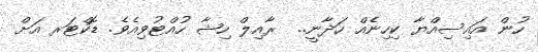
ހުން އައިސިއްޔާ ކިހިނެއް ހަދާނީ..  ރާއިލް ހިޝާ ހުއްޓުވިއެވެ. ޑޮކްޓަރ އަށް